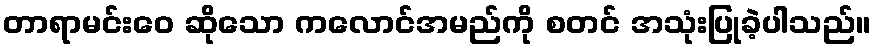
တာရာမင်းဝေ ဆိုသော ကလောင်အမည်ကို စတင် အသုံးပြုခဲ့ပါသည်။